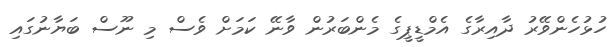
ހުޅުހެންވޭރު ދާއިރާގެ އެމްޑީޕީގެ މެންބަރުން ވާނޭ ކަމަށް ވެސް މި ނޫސް ބަޔާނުގައި